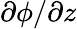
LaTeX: \partial\phi/\partial z